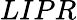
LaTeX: LIPR